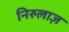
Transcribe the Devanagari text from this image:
निरुलाज़